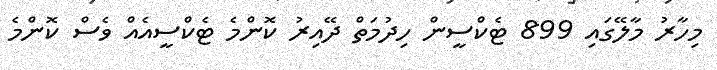
މިހާރު މާލޭގައި 899 ޓެކްސީން ހިދުމަތް ދޭއިރު ކޮންމެ ޓެކްސީއެއް ވެސް ކޮންމެ